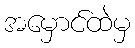
အမှောင်ထဲမှ